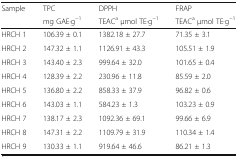
| <ROWSPAN=2> Sample | TPC | DPPH | FRAP |
 | mg GAE·g−1 | TEACa μmol TE·g−1 | TEACa μmol TE·g−1 |
 | --- | --- | --- | --- |
 | HRCH 1 | 106.39 ± 0.1 | 1382.18 ± 27.7 | 71.35 ± 3.1 |
 | HRCH 2 | 147.32 ± 1.1 | 1126.91 ± 43.3 | 105.51 ± 1.9 |
 | HRCH 3 | 143.40 ± 2.3 | 999.64 ± 32.0 | 101.65 ± 0.4 |
 | HRCH 4 | 128.39 ± 2.2 | 230.96 ± 11.8 | 85.59 ± 2.0 |
 | HRCH 5 | 136.80 ± 2.2 | 858.33 ± 37.9 | 96.82 ± 0.6 |
 | HRCH 6 | 143.03 ± 1.1 | 584.23 ± 1.3 | 103.23 ± 0.9 |
 | HRCH 7 | 138.17 ± 2.3 | 1092.36 ± 69.1 | 99.66 ± 6.9 |
 | HRCH 8 | 147.31 ± 2.2 | 1109.79 ± 31.9 | 110.34 ± 1.4 |
 | HRCH 9 | 130.33 ± 1.1 | 919.64 ± 46.6 | 86.21 ± 1.3 |